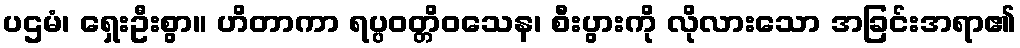
ပဌမံ၊ ရှေးဦးစွာ။ ဟိတာကာ ရပ္ပဝတ္တိဝသေန၊ စီးပွားကို လိုလားသော အခြင်းအရာ၏